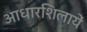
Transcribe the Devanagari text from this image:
आधारशिलायें